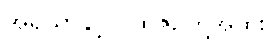
အရိယာနှင့် ပုထုဇဉ်တို့အထူး